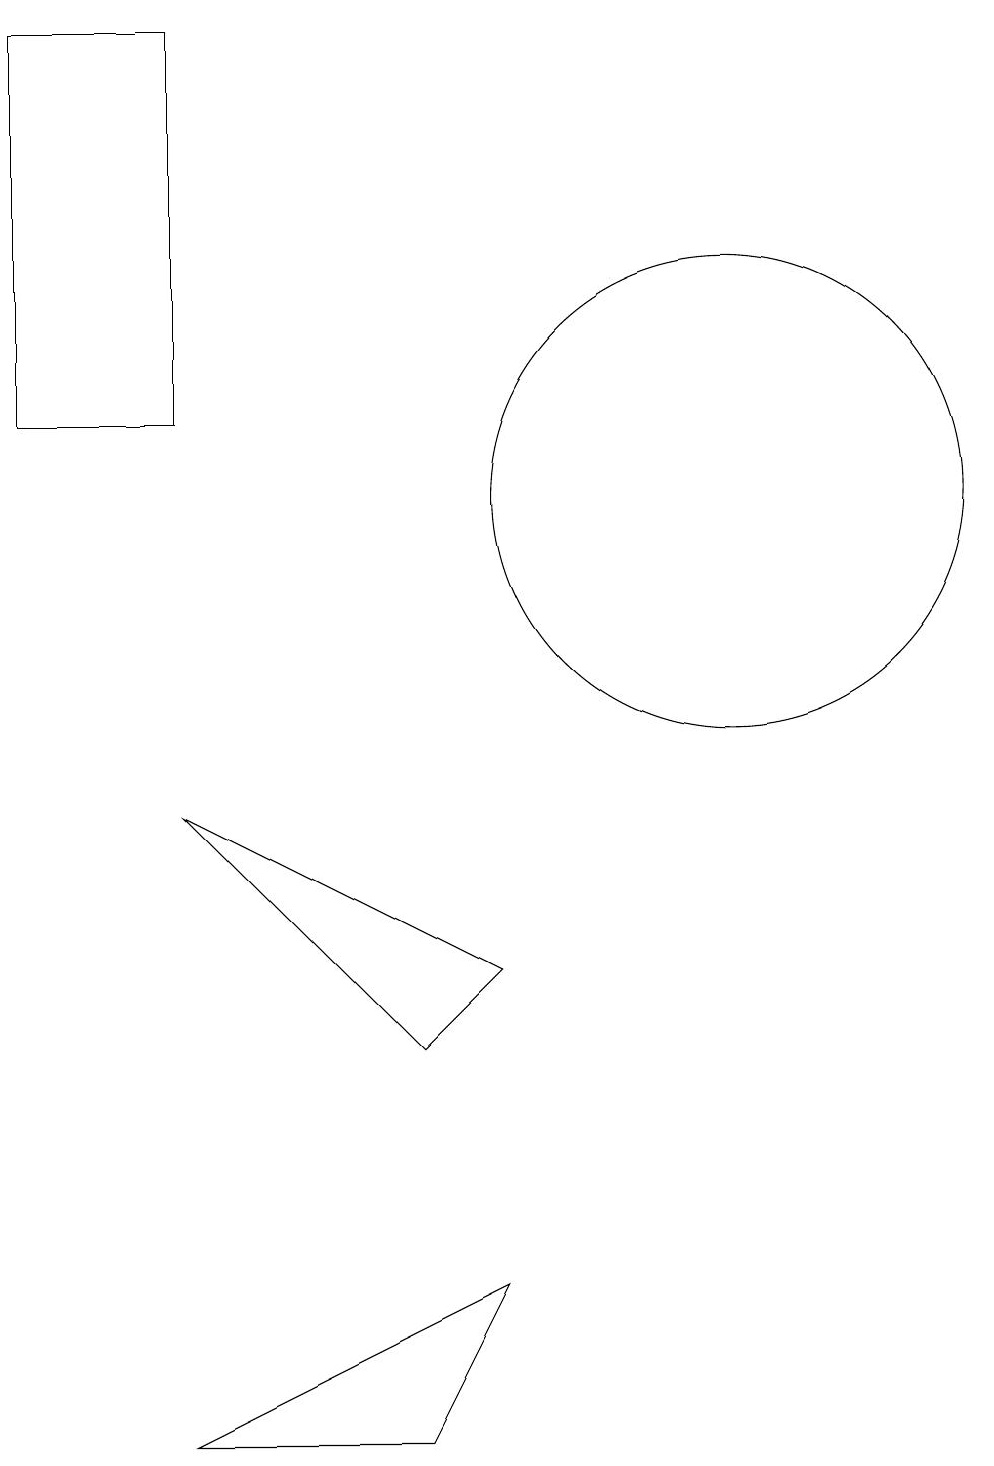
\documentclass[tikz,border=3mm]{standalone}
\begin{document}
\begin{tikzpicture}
\draw (11,12) circle (3);
\draw (10,11) circle (0);
\draw (7,5) -- (8,6) -- (4,8) -- cycle;
\draw (7,0) -- (4,0) -- (8,2) -- cycle;
\draw (4,13) rectangle (2,18);
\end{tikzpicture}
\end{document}